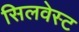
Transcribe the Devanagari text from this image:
सिलवेस्ट